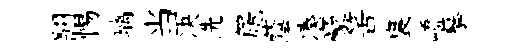
翻惕璃当决洗篪蔭凑豪筈裏嶠摹